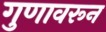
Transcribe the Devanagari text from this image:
गुणावरून